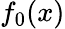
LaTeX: f_{0}(x)